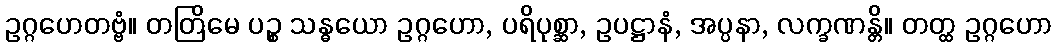
ဥဂ္ဂဟေတဗ္ဗံ။ တတြိမေ ပဉ္စ သန္ဓယော ဥဂ္ဂဟော, ပရိပုစ္ဆာ, ဥပဋ္ဌာနံ, အပ္ပနာ, လက္ခဏန္တိ။ တတ္ထ ဥဂ္ဂဟော